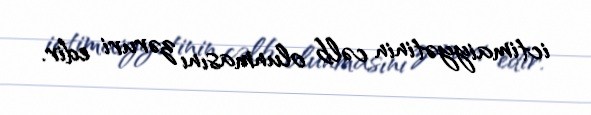
ictimaiyyətinin cəlb olunmasını zəruri edir.